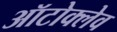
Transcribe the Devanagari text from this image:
ऑटोक्‍लेव